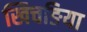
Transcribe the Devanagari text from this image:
खिचङिया